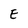
Character: E